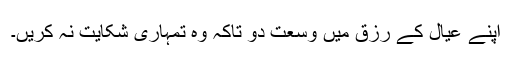
اپنے عیال کے رزق میں وسعت دو تاکہ وہ تمہاری شکایت نہ کریں۔